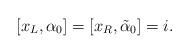
LaTeX: \begin{align*}[ x_L, \alpha_0 ] = [x_R, \tilde\alpha_0] = i.\end{align*}